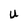
Character: U